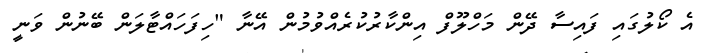
އެ ކޯލުގައި ފައިސާ ދޭން މަހްލޫފް އިންކާރުކުރެއްވުމުން އޭނާ "ހިފަހައްޓާލަން ބޭނުން ވަނީ